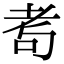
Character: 耉